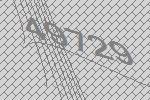
49729